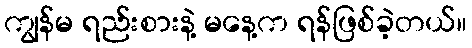
ကျွန်မ ရည်းစားနဲ့ မနေ့က ရန်ဖြစ်ခဲ့တယ်။